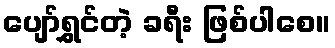
ပျော်ရွှင်တဲ့ ခရီး ဖြစ်ပါစေ။